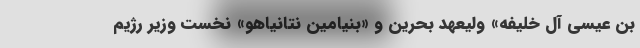
بن عیسی آل خلیفه» ولیعهد بحرین و «بنیامین نتانیاهو» نخست وزیر رژیم